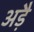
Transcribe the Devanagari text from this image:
अड़ै